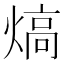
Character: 熇